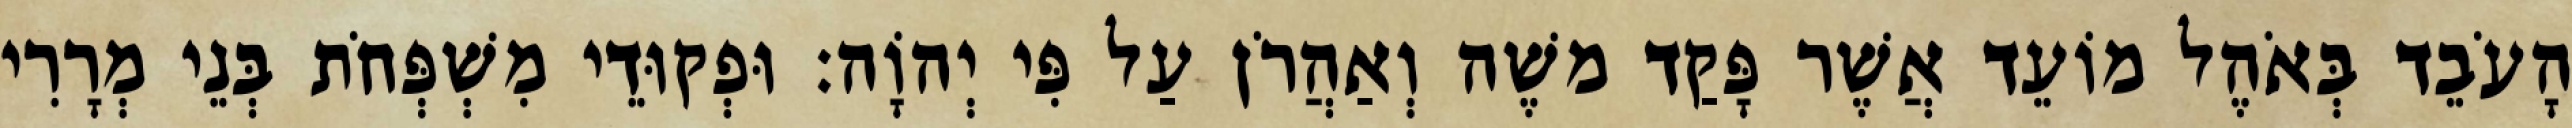
הָעֹבֵד בְּאֹהֶל מוֹעֵד אֲשֶׁר פָּקַד משֶׁה וְאַהֲרֹן עַל פִּי יְהוָֹה׃ וּפְקוּדֵי מִשְׁפְּחֹת בְּנֵי מְרָרִי